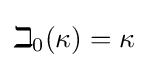
\beth _{0}(\kappa )=\kappa